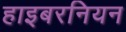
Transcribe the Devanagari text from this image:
हाइबरनियन